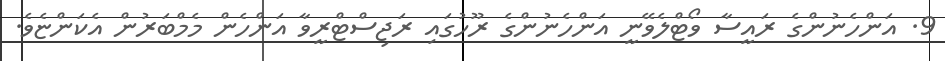
9. އަންހެނުންގެ ރައީސާ ވޯޓްލެވޭނީ އަންހެނުންގެ ރޫހުގައި ރަޖިސްޓްރީވާ އަންހެން މެމްބަރުން އެކަންޏެވެ.